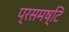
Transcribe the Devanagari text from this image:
प्रसमष्‍टि